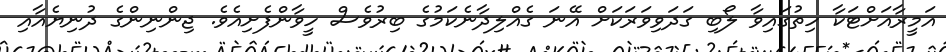
އަމީރާއަށްޓަކާ ހިތުގައިވާ ލޯބި ގަދަވިވަރަކަށް އޭނަ ގެއްލިދާނެކަމުގެ ބިރުވެސް ހީވާންފެށިއެވެ. ޖިންނިންގެ ދުނިޔެއާއި